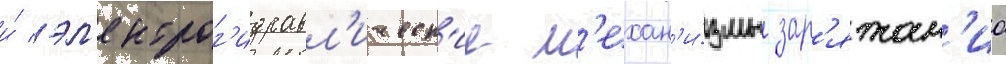
и́ эл'ектрог'идравл'ическ'ие м'ехан'и́змы зар'яжан'иа